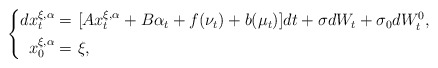
\begin{align*} \left\{ \begin{aligned}dx_t^{\xi,\alpha}=&~[Ax_t^{\xi,\alpha}+B\alpha_t+f(\nu_t)+b(\mu_t)]dt+\sigma dW_t+\sigma_0dW^0_t,\\ x_0^{\xi,\alpha}=&~\xi, \end{aligned} \right. \end{align*}